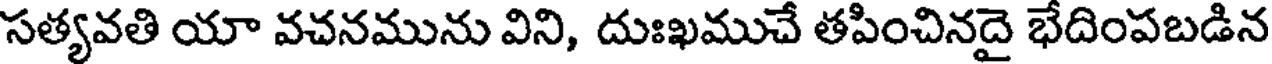
సత్యవతి యా వచనమును విని, దుఃఖముచే తపించినదై భేదింపబడిన